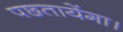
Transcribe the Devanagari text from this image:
पछ्तायेंगा।